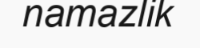
namazlik